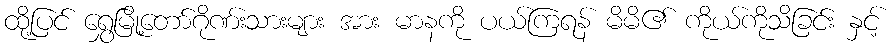
ထို့ပြင် ရွှေမြို့တော်ဂိုဏ်းသားများ အား မာနကို ပယ်ကြရန် မိမိ၏ ကိုယ်ကိုသိခြင်း နှင့်